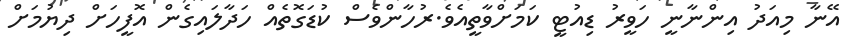
އޭނާ މިއަދު އިންނާނީ ހަވީރު ޑިއުޓީ ކަމަށްވާތީއެވެ.ރުހާންވެސް ކުޑަގޮތެއް ހަދާލައިގެން އޮފީހަށް ދިޔުމަށް